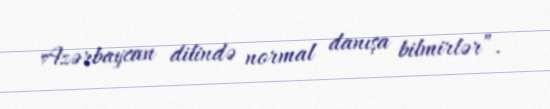
Azərbaycan dilində normal danışa bilmirlər”.